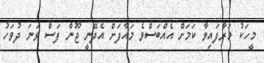
މީހަކު މަރާފައިވާ ކަމަށް އެއްބަސްވެ މައާފަށް އެދޭނީ ޖޫން ފަސް ވަނަ ދުވަހު